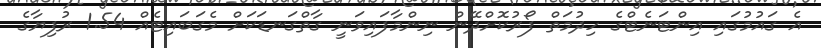
އެ ގައުމުގައި އިންޓަނެޓްގެ ހިދުމަތް ފޯރުކޮށްދޭން ނިންމާފައިވަނީ ގާތްގަނޑަކަށް މެގަބައިޓެއް 1.54 ރުފިޔާގެ